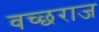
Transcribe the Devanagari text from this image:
वच्छराज